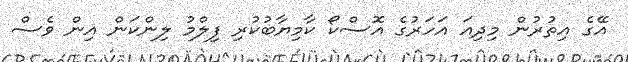
އޭގެ އިތުރުން މިދިއަ އަހަރުގެ އޮސްކޯ ކާމިޔާބުކުރި ފިލްމު ލިންކަން އިން ވެސް